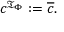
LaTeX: c ^ { { \mathfrak { T } } _ { \Phi } } : = { \overline { { c } } } .